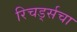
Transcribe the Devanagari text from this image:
रिचर्ड्सचा